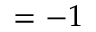
= - 1